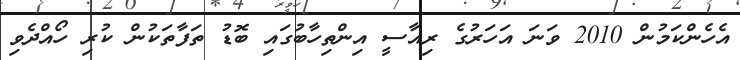
އެހެންކަމުން 2010 ވަނަ އަހަރުގެ ރިއާސީ އިންތިހާބުގައި ބޮޑު ތަފާތަކުން ކުރި ހޯއްދެވި